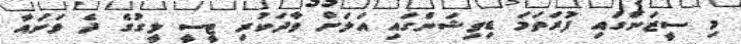
މި ސީޒަންގައި ފުރަތަމަ ޑިވިޝަންގައި އަލަށް ވާދަކުރި ޓީސީ ލީގުގެ ދެ ވަނައާ